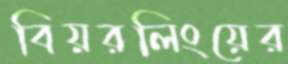
বিয়রলিংয়ের